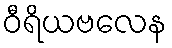
ဝီရိယဗလေန